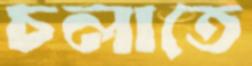
চলাতে